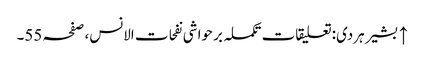
↑ بشیر ہردی: تعلیقات تکملہ بر حواشی نفحات الانس، صفحہ 55۔